Report of the Indian Hemp Drugs Commission, 1894-1895 - Volume VI
Year: 1894
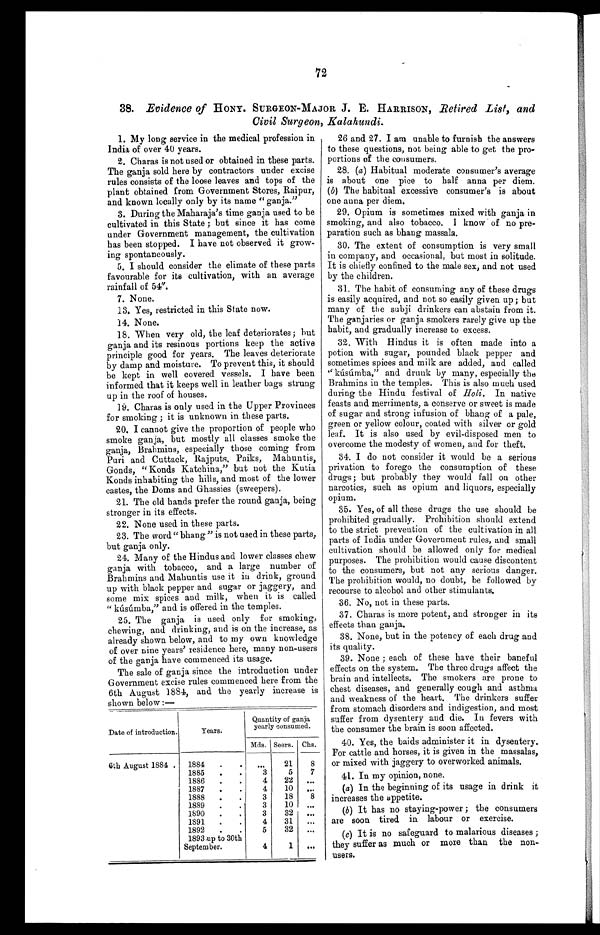
72
38. Evidence of HONY. SURGEON-MAJOR J. E. HARRISON, Retired List, and
Civil Surgeon, Kalahundi.
1. My long service in the medical profession in
India of over 40 years.
2. Charas is not used or obtained in these parts.
The ganja sold here by contractors under excise
rules consists of the loose leaves and tops of the
plant obtained from Government Stores, Raipur,
and known locally only by its name "ganja."
3. During the Maharaja's time ganja used to be
cultivated in this State; but since it has come
under Government management, the cultivation
has been stopped. I have not observed it grow-
ing spontaneously.
5. I should consider the climate of these parts
favourable for its cultivation, with an average
rainfall of 54".
7. None.
13. Yes, restricted in this State now.
14. None.
15.
When very old, the leaf deteriorates; but
ganja and its resinous portions keep the active
principle good for years. The leaves deteriorate
by damp and moisture. To prevent this, it should
be kept in well covered vessels. I have been
informed that it keeps well in leather bags strung
up in the roof of houses.
16. Charas is only used in the Upper Provinces
for smoking; it is unknown in these parts.
17. I cannot give the proportion of people who
smoke ganja, but mostly all classes smoke the
ganja, Brahmins, especially those coming from
Puri and Cuttack, Rajputs. Paiks, Mahuntis,
Gonds, "Konds Katchina," but not the Kutia
Konds inhabiting the hills, and most of the lower
castes, the Doms and Ghassies (sweepers).
18. The old hands prefer the round ganja, being
stronger in its effects.
19. None used in these parts.
20. The word "bhang" is not used in these parts,
but ganja only.
21. Many of the Hindus and lower classes chew
ganja with tobacco, and a large number of
Brahmins and Mahuntis use it in drink, ground
up with black pepper and sugar or jaggery, and
some mix spices and milk, when it is called
"kúsúmba," and is offered in the temples.
22. The ganja is used only for smoking,
chewing, and drinking, and is on the increase, as
already shown below, and to my own knowledge
of over nine years' residence here, many non-use
r s o f t h e g a n j a h a v e c o m m e n c e d i t s u s a g e .
The sale of ganja since the introduction under
Government excise rules commenced here from the
6th August 1884, and the yearly increase is
shown below:—
Date of introduction.
Years.
Quantity of ganja
yearly consumed.
Mds. Seers. Chs.
6th August 1884 .
1884
...
21
8
1885
3
5
7
1886
4
22
...
1887
4
10
...
1888
3
18
8
1889
3
10
...
1890
3
32
...
1891
4
31
...
1892
5
32
...
1893 up to 30th
September.
4
1
...
26 and 27. I am unable to furnish the answers
to these questions, not being able to get the pro-
portions of the consumers.
28. (a ) Habitual moderate consumer's average
is about one pice to half anna per diem.
( b) The habitual excessive consumer's is about
one anna per diem.
29. Opium is sometimes mixed with ganja in
smoking, and also tobacco. I know of no pre-
paration such as bhang massala.
30. The extent of consumption is very small
in company, and occasional, but most in solitude.
It is chiefly confined to the male sex, and not used
by the children.
31. The habit of consuming any of these drugs
is easily acquired, and not so easily given up; but
many of the subji drinkers can abstain from it.
The ganjaries or ganja smokers rarely give up the
habit, and gradually increase to excess.
32. With Hindus it is often made into a
potion with sugar, pounded black pepper and
sometimes spices and milk are added, and called
"kúsúmba," and drunk by many, especially the
Brahmins in the temples. This is also much used
during the Hindu festival of Holi. In native
feasts and merriments, a conserve or sweet is made
of sugar and strong infusion of bhang of a pale,
green or yellow colour, coated with silver or gold
leaf. It is also used by evil-disposed men to
overcome the modesty of women, and for theft.
34. I do not consider it would be a serious
privation to forego the consumption of these
drugs; but probably they would fall on other
narcotics, such as opium and liquors, especially
opium.
35. Yes, of all these drugs the use should be
prohibited gradually. Prohibition should extend
to the strict prevention of the cultivation in all
parts of India under Government rules, and small
cultivation should be allowed only for medical
purposes. The prohibition would cause discontent
to the consumers, but not any serious danger.
The prohibition would, no doubt, be followed by
recourse to alcohol and other stimulants.
36. No, not in these parts.
37. Charas is more potent, and stronger in its
effects than ganja.
38. None, but in the potency of each drug and
its quality.
39. None; each of these have their baneful
effects on the system. The three drugs affect the
brain and intellects. The smokers are prone to
chest diseases, and generally cough and asthma
and weakness of the heart. The drinkers suffer
from stomach disorders and indigestion, and most
suffer from dysentery and die. In fevers with
the consumer the brain is soon affected.
40. Yes, the baids administer it in dysentery.
For cattle and horses, it is given in the massalas,
or mixed with jaggery to overworked animals.
41. In my opinion, none.
(a) In the beginning of its usage in drink it
increases the appetite.
(b) It has no staying-power; the consumers
are soon tired in labour or exercise.
(c) It is no safeguard to malarious diseases;
they suffer as much or more than the non-
users.